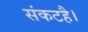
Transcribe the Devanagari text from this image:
संकटहै।